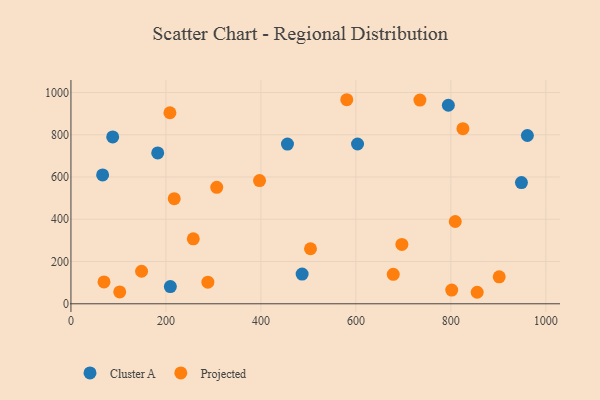
{"axis": {"x": "Ad Spend", "y": "Profit"}, "legend": ["Cluster A", "Projected"], "data": [{"x": "209.3", "y": 81.7, "type": "Cluster A"}, {"x": "486.8", "y": 140.8, "type": "Cluster A"}, {"x": "455.9", "y": 755.9, "type": "Cluster A"}, {"x": "182.7", "y": 714.1, "type": "Cluster A"}, {"x": "66.7", "y": 609.8, "type": "Cluster A"}, {"x": "87.9", "y": 790.0, "type": "Cluster A"}, {"x": "603.5", "y": 756.4, "type": "Cluster A"}, {"x": "794.7", "y": 939.8, "type": "Cluster A"}, {"x": "961.1", "y": 796.6, "type": "Cluster A"}, {"x": "948.6", "y": 573.7, "type": "Cluster A"}, {"x": "307.0", "y": 551.1, "type": "Projected"}, {"x": "696.8", "y": 281.2, "type": "Projected"}, {"x": "257.6", "y": 307.7, "type": "Projected"}, {"x": "217.5", "y": 497.6, "type": "Projected"}, {"x": "397.1", "y": 583.3, "type": "Projected"}, {"x": "148.7", "y": 154.0, "type": "Projected"}, {"x": "102.7", "y": 56.1, "type": "Projected"}, {"x": "734.8", "y": 964.2, "type": "Projected"}, {"x": "801.8", "y": 64.8, "type": "Projected"}, {"x": "678.7", "y": 139.5, "type": "Projected"}, {"x": "580.8", "y": 965.9, "type": "Projected"}, {"x": "901.8", "y": 127.6, "type": "Projected"}, {"x": "288.3", "y": 102.3, "type": "Projected"}, {"x": "504.4", "y": 260.5, "type": "Projected"}, {"x": "855.4", "y": 54.5, "type": "Projected"}, {"x": "69.6", "y": 103.5, "type": "Projected"}, {"x": "825.4", "y": 828.7, "type": "Projected"}, {"x": "208.4", "y": 904.2, "type": "Projected"}, {"x": "809.2", "y": 389.6, "type": "Projected"}]}